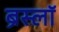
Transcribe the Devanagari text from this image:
ब्रेस्लॉ